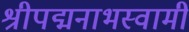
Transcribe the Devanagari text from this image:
श्रीपद्मनाभस्वामी